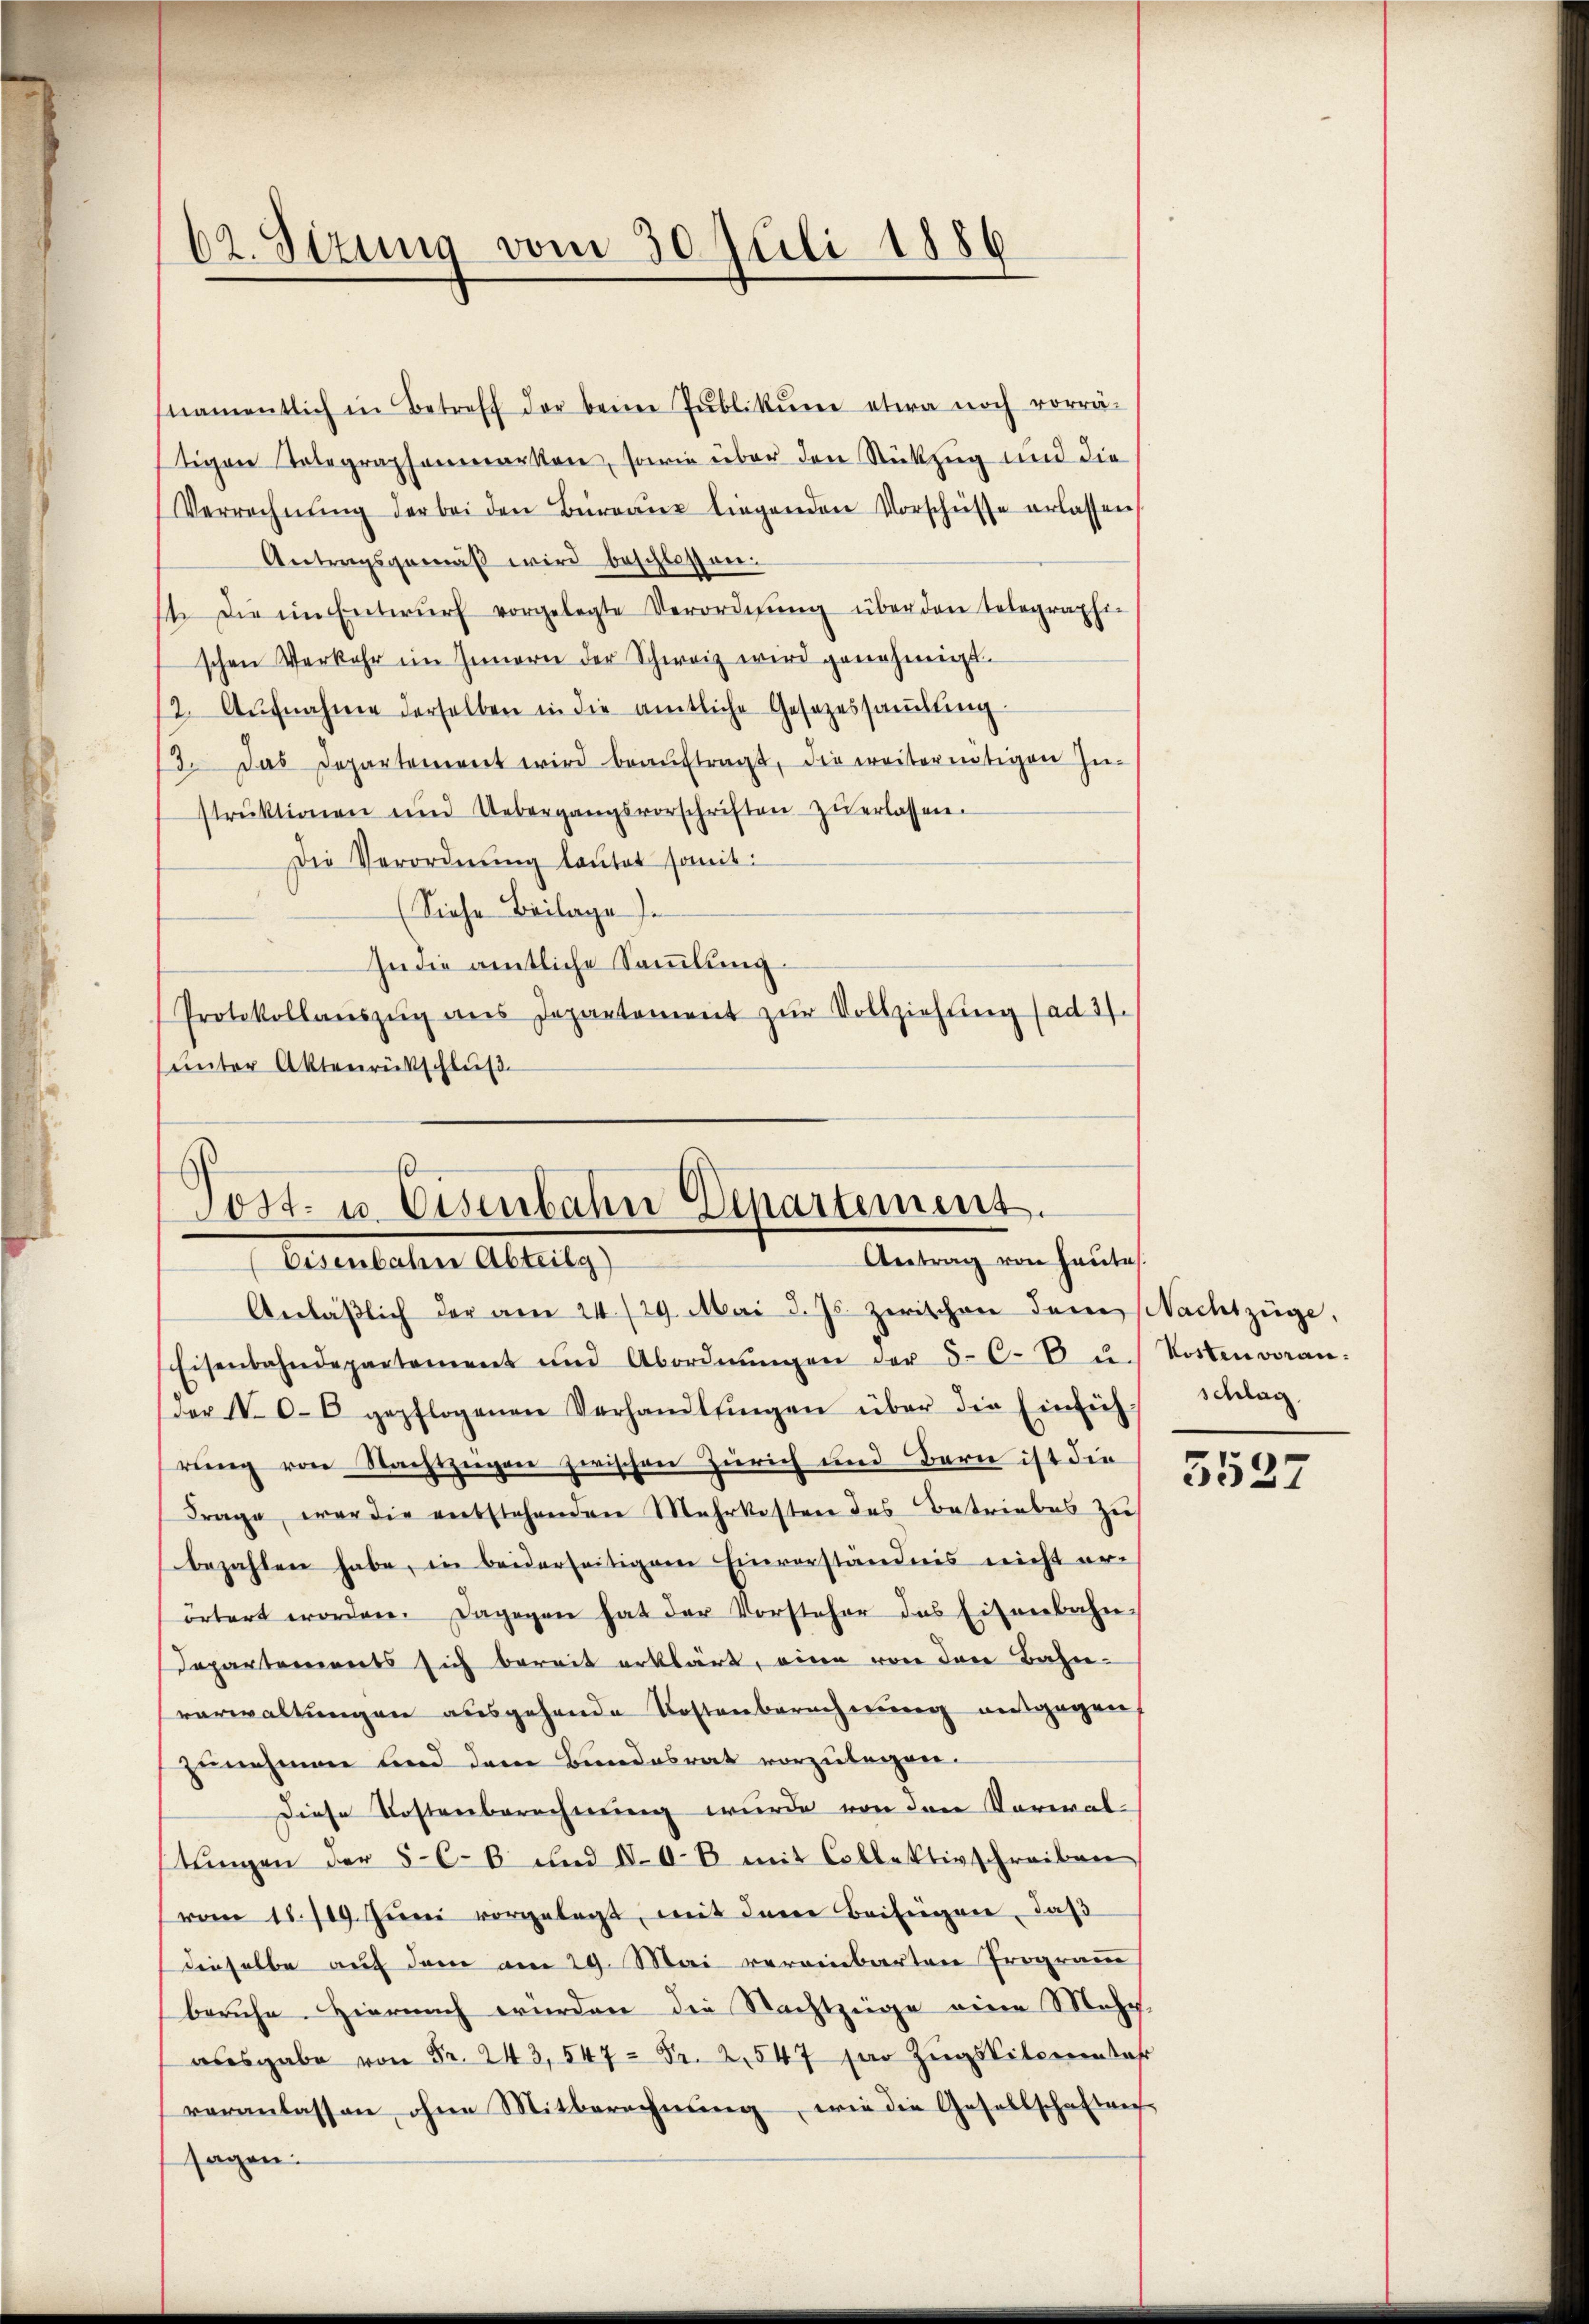
62. Sizung vom 30 Juli 1886

namentlich in Betreff der beim Publikŭme etwa noch vorrä-
tigen Telegraphenmarken, sowie über den Rükzug und die
Verrechnŭng der bei den Büreaux liegenden Vorschüsse erlassen,
Antragsgemäβ wird beschlossen.
14. die im Entwŭrf vorgelegte Verordnŭng über den Telegraphi-
schen Verkehr im Innern der Schweiz wird genehmigt.
2. Aŭfnahme derselben in die amtliche Gesezessaṁlŭng
3. Das Departement wird beaŭftragt, die weitereitigen Zu-
strŭktionen und Uebergangsvorschriften zŭ erlassen.
Die Verordnung lautet somit:
(Siehe Beilage).
An die amtliche Sammlung
Protokollaŭszŭg ans Departement zŭr Vollziehung (ad 2.
unter Aktenrückschluß

Post- u. Eisenbahn Departement.
Antrag von heute.
Alterstater Abtreit, 7

Anläßlich der am 24./29. Mai d. Js. zwischen dem Nachtzüge,
Eisenbahndepartement und Abordnŭngen der 5-C. b u. Kostenvoran-
der No 06 gepflogenen Verhandlŭngen über die Einfüh- Schlag,
rung von Nachtzeigen zwischen Zürich und Bern ist die
Frage, war die entstehenden Mehrkosten des Betriebes zu
bezahlen habe, in beiderseitigen Einverständnis nicht er-
örtert worden. Dagegen hat der Vorsteher das Eisenbahn-
Separtements sich bereit erklärt, eine von den Bahn-
verwaltungen ausgehende Kostenberechnung angegen
zunehmen und dem Bundesrat vorzulegen.
Diese Kostenberechnung wurde von den Voreral-
stungen der 566 und IV. 08 mit Collektivschreiben
vom 18. 119. Jŭni vorgelegt, mit dere Beifügen, daß
dieselbe auf dem am 29. Mai vereinbarten Program
beruhe. Hiernach würden die Nachtzüge eine Mehr
aŭsgabe von Fr. 243, 547 = Fr. 2,547 par Zŭgsliterientar
veranlassen ohne Mitberechnŭng, wie die Gesellschaften
sagen:

3527